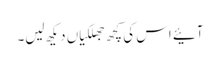
آئیے اس کی کچھ جھلکیاں دیکھ لیں۔